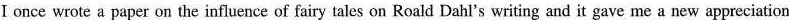
I once wrote a paper on the influence of fairy tales on Roald Dahl's writing and it gave me a new appreciation